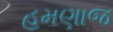
હમણાજ